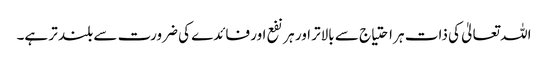
اللہ تعالیٰ کی ذات ہر احتیاج سے بالاتر اور ہر نفع اور فائدے کی ضرورت سے بلند تر ہے۔